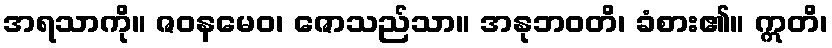
အရသာကို။ ဇဝနမေဝ၊ ဇောသည်သာ။ အနုဘဝတိ၊ ခံစား၏။ ဣတိ၊